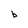
Character: b